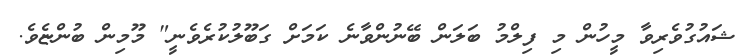
ޝައުގުވެރިވާ މީހުން މި ފިލްމު ބަލަން ބޭނުންވާނެ ކަމަށް ގަބޫލުކުރެވެނީ" މޫމިން ބުންޏެވެ.